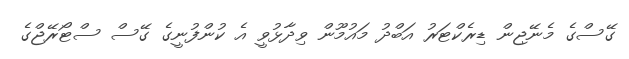
ގޭސްގެ މެނޭޖިން ޑިރެކްޓަރު އަބްދު މައުމޫން ވިދާޅުވީ އެ ކުންފުނީގެ ގޭސް ސްޓޯރޭޖްގެ